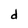
Character: d